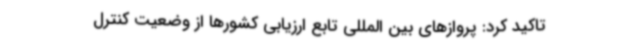
تاکید کرد: پروازهای بین المللی تابع ارزیابی کشورها از وضعیت کنترل